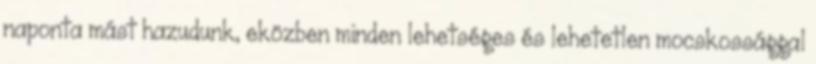
naponta mást hazudunk, eközben minden lehetséges és lehetetlen mocskossággal